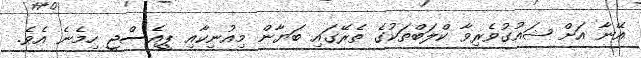
އޭނާ އަށް ޝައުގުވެރިވާ ކްލަބްތަކުގެ ތެރޭގައި ބަޔާން މިއުނިކާއި ޕީއެސްޖީ ހިމެނެ އެވެ.